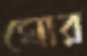
ঘোর